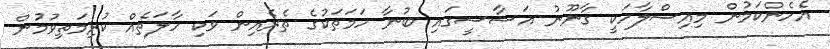
އެހެންކަމުން މިއިސްލާހަކީ ގާނޫނު އަސާސީގައި ބުނާ ހަމަތަކުގެ ތެރެއިން ވަކި ހާލަތެއް ކުރިމަތިވުމުން